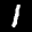
Label: 1